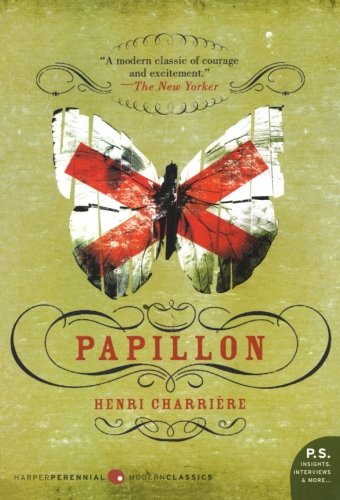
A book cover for Papillon (P.S.); Henri Charriere; Biographies & Memoirs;